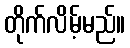
တိုက်လိမ့်မည်။